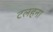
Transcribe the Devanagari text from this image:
टलहना